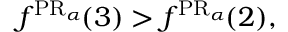
f ^ { \operatorname { P R } _ { \alpha } \! } ( 3 ) > f ^ { \operatorname { P R } _ { \alpha } \! } ( 2 ) ,